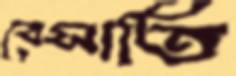
বেসাতি